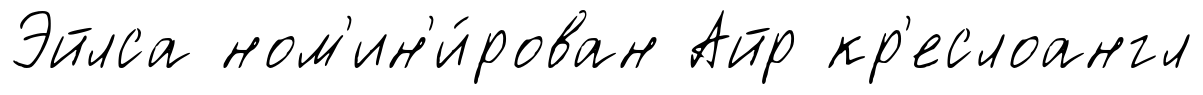
Эйлса ном'ин'и́рован Айр кр'еслоангл